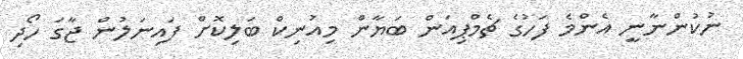
ނުކުންނާނީ އެންމެ ފަހުގެ ޗެމްޕިއަން ބަޔާން މިއުނިކް ބަލިކޮށް ފައިނަލުން ޖާގަ ހޯދި